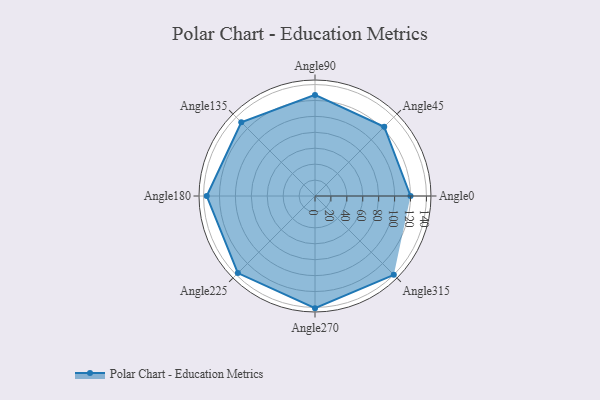
{"axis": {"x": "Angle", "y": "Radius"}, "legend": [""], "data": [{"x": "Angle0", "y": 120.0, "type": ""}, {"x": "Angle45", "y": 123.0, "type": ""}, {"x": "Angle90", "y": 127.0, "type": ""}, {"x": "Angle135", "y": 131.0, "type": ""}, {"x": "Angle180", "y": 136.0, "type": ""}, {"x": "Angle225", "y": 137.0, "type": ""}, {"x": "Angle270", "y": 141.0, "type": ""}, {"x": "Angle315", "y": 140.0, "type": ""}]}